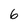
Character: 6